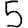
Digit: 5